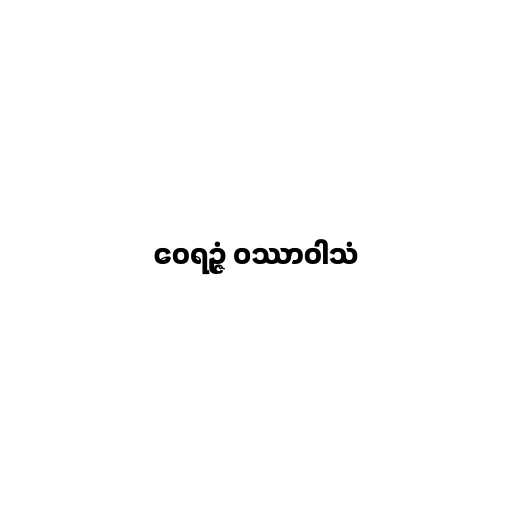
ဝေရဉ္ဇံ ဝဿာဝါသံ